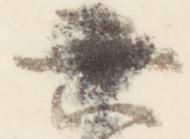
六